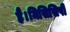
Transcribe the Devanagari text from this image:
हैं।मिसिसिपी